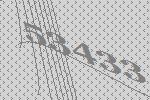
53433